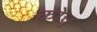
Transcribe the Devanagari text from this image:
कोचु